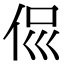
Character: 𠈉